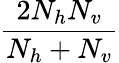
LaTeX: \frac{2N_{h}N_{v}}{N_{h}+N_{v}}